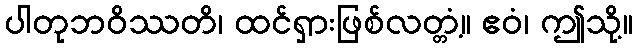
ပါတုဘဝိဿတိ၊ ထင်ရှားဖြစ်လတ္တံ့။ ဧဝံ၊ ဤသို့။